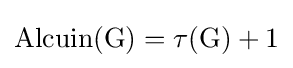
{\rm {{Alcuin}(G)=\tau (G)+1}}